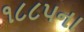
૧૮૮૫ના